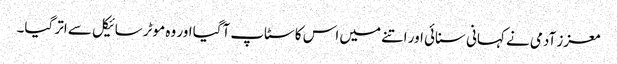
معزز آدمی نے کہانی سنائی اور اتنے میں اس کا سٹاپ آگیا اور وہ موٹر سائیکل سے اتر گیا۔